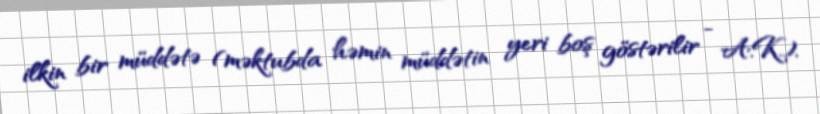
ilkin bir müddətə (məktubda həmin müddətin yeri boş göstərilir - A.K.).